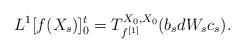
\begin{align*}L^1[f(X_s)]_0^t = T_{f^{[1]}}^{X_0,X_0}(b_sdW_sc_s).\end{align*}